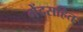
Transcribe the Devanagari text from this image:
गेंदसहित